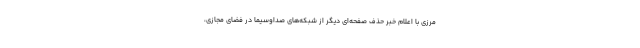
مرزی با اعلام خبر حذف صفحه‌ای دیگر از شبکه‌های صداوسیما در فضای مجازی،